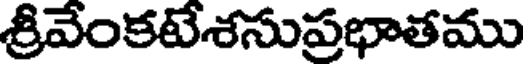
శ్రీవేంకటేశసుప్రభాతము